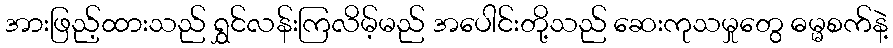
အားဖြည့်ထားသည် ရွှင်လန်းကြလိမ့်မည် အပေါင်းတို့သည် ဆေးကုသမှုတွေ ဓမ္မစက်နဲ့